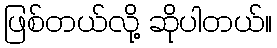
ဖြစ်တယ်လို့ ဆိုပါတယ်။